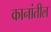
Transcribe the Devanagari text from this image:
कानांतील